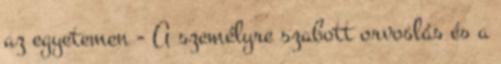
az egyetemen - A személyre szabott orvoslás és a